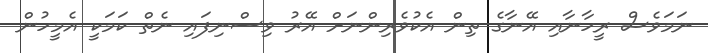
ނަމަވެސް ރީހާނާއި އޭނާގެ ތިން އެކުވެރިންނަށް އޭރު ވިސްނިފައި ނެތް ކަމަކީ އެމީހުން